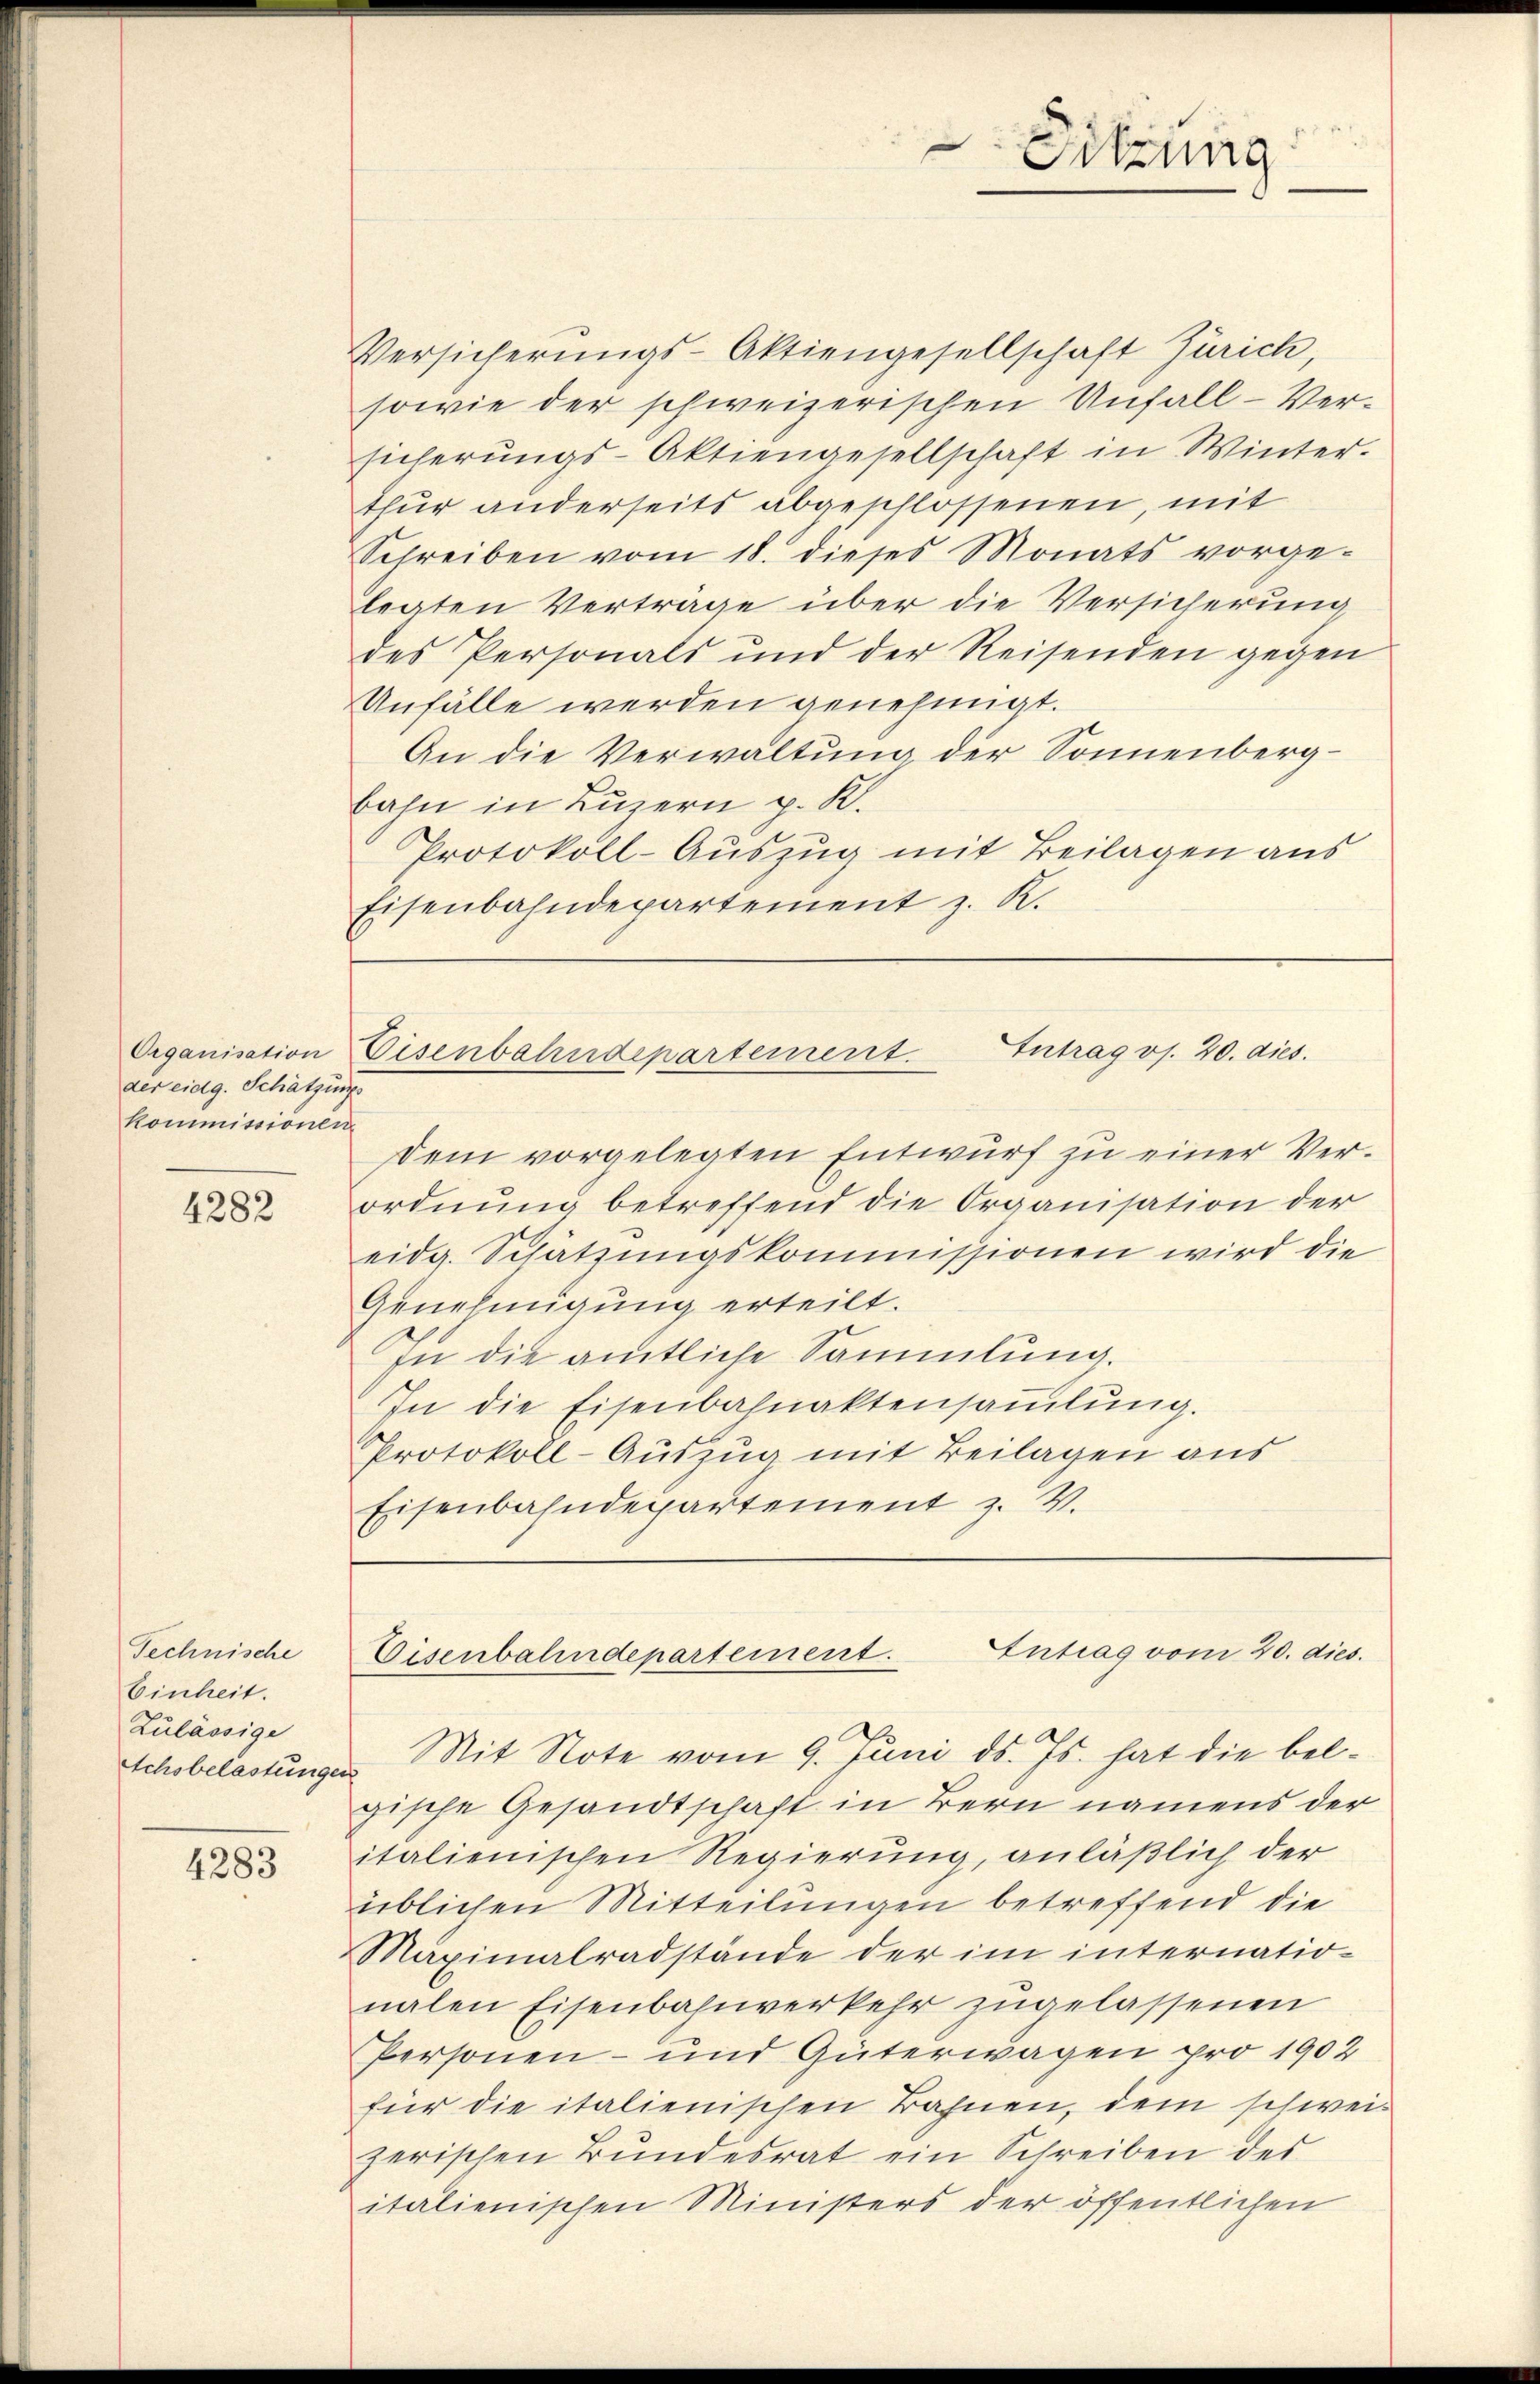
Organisation
der eidg. Schätzungs
Kommissionen

4282

Technische
Einheit.
Zulässige

4283

Versicherŭngs-Aktiengesellschaft Zürich,
sowie der schweizerischen Unfall-Versicherungs-Aktiengesellschaft in Winter.
thur anderseits abgeschlossenen, mit
Schreiben vom 18. dieses Monats vorge-
legten Verträge über die Versicherung
des Personals und der Reisenden gegen
Unfälle werden genehmigt.
An die Verwaltung der Sonnenbergbahn in Luzern p. K.
Protokoll-Auszug mit Beilagen aus
Eisenbahndepartement z. R.

Sitzung

Intrag os. 20. dies
Eisenbahndepartement.

Eisenbahndepartement. Eintrag/Antrag vom 20. dies.

dem vorgelegten Entwurf zu einer Verordnung betreffend die Organisation der
eidg. Schätzungskommissionen wird die
Genehmigung erteilt.
In die amtliche Sammlung.
In die Eisenbahnaktensaṁlŭng.
Protokoll-Auszug mit Beilagen aus
Eisenbahndepartement z. V.

Schobelastungen Mit Note vom 9. Juni d. Js. hat die belgische Gesandtschaft in Bern namens der
italienischen Regierung, anläßlich der
üblichen Mitteilungen betreffend die
Maximalradstände der im internatio-
nalen Eisenbahnverkehr zugelassenen
Personen- und Güterwagen pro 1902
für die italienischen Bahnen, dem schweizerischen Bundesrat ein Schreiben der
italienischen Ministers der öffentlichen